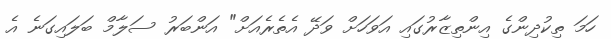
ހަމަ ތިކުދިންގެ އިންތިޒާރުގައި އަވަހަށް ވަދޭ އެތެރެއަށް" އަންބަރު ސަލާމް ބަލައިގަނެ އެ